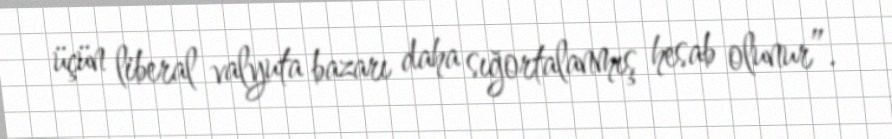
üçün liberal valyuta bazarı daha sığortalanmış hesab olunur”.